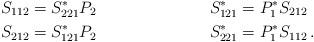
LaTeX: \begin{align*}S_{112}&=S_{221}^*P_2 & S_{121}^*&=P_1^*S_{212} \\S_{212}&=S_{121}^*P_2 & S_{221}^*&=P_1^*S_{112}\,.\end{align*}